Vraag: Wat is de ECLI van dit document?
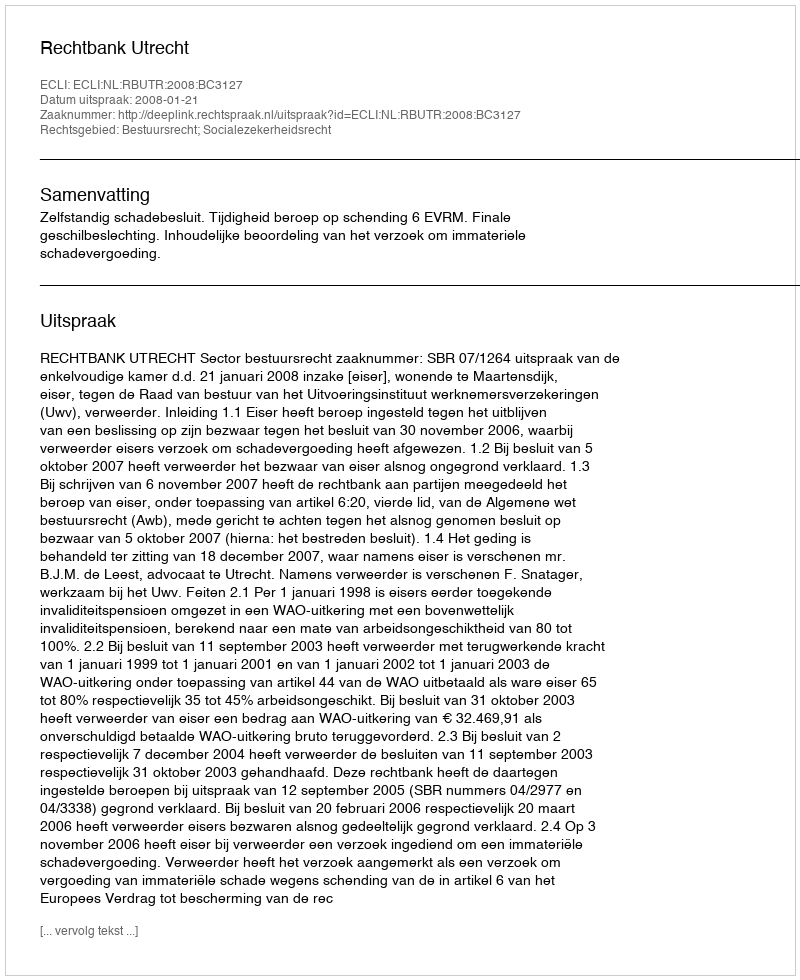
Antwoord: ECLI:NL:RBUTR:2008:BC3127